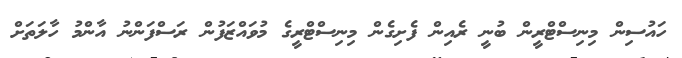
ހައުސިން މިނިސްޓްރީން ބުނީ ރެއިން ފެށިގެން މިނިސްޓްރީގެ މުވައްޒަފުން ރަސްފަންނު އާންމު ހާލަތަށް